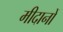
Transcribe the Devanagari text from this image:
मीदानों